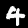
Label: 4